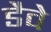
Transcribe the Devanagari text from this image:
डैवे